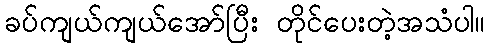
ခပ်ကျယ်ကျယ်အော်ပြီး တိုင်ပေးတဲ့အသံပါ။